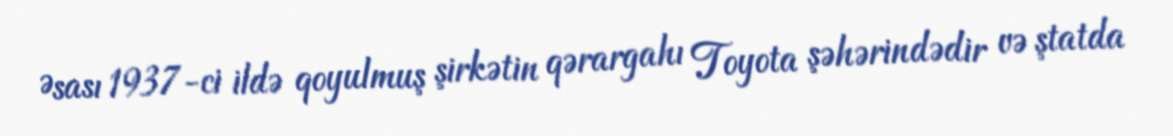
Əsası 1937-ci ildə qoyulmuş şirkətin qərargahı Toyota şəhərindədir və ştatda